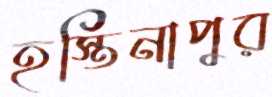
হস্তিনাপুর